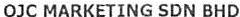
OJC MARKETING SDN BHD